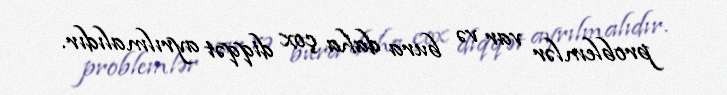
problemlər var və bura daha çox diqqət ayrılmalıdır.